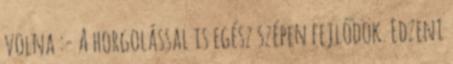
volna :- A horgolással is egész szépen fejlődök. Edzeni